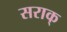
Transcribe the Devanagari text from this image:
सराक्